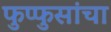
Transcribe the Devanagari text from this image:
फुप्फुसांचा